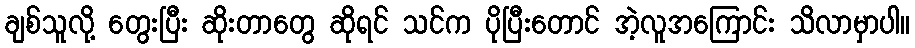
ချစ်သူလို့ တွေးပြီး ဆိုးတာတွေ ဆိုရင် သင်က ပိုပြီးတောင် အဲ့လူအကြောင်း သိလာမှာပါ။